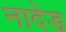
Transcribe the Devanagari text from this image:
नादेड